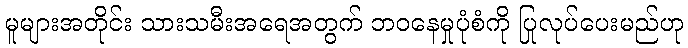
မူများအတိုင်း သားသမီးအရေအတွက် ဘဝနေမှုပုံစံကို ပြုလုပ်ပေးမည်ဟု